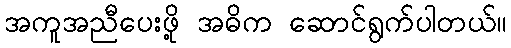
အကူအညီပေးဖို့ အဓိက ဆောင်ရွက်ပါတယ်။